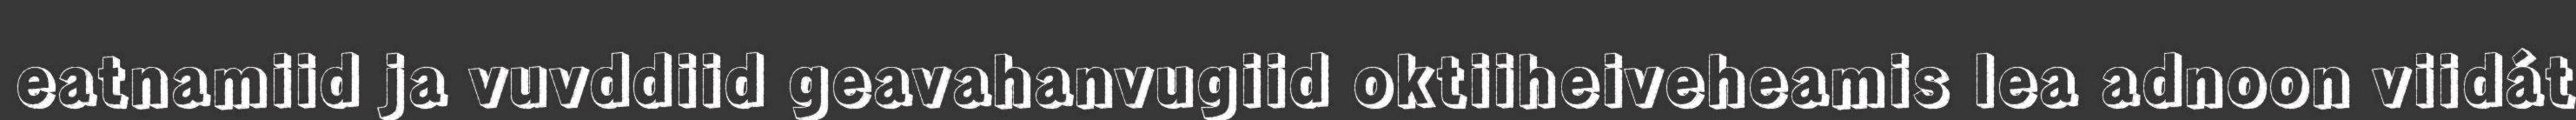
eatnamiid ja vuvddiid geavahanvugiid oktiiheiveheamis lea adnoon viidát